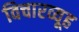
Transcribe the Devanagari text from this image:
विचारव्यूह